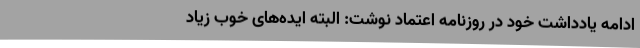
ادامه یادداشت خود در روزنامه اعتماد نوشت: البته ایده‌های خوب زیاد